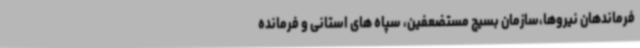
فرماندهان نیروها،سازمان بسیج مستضعفین، سپاه های استانی و فرمانده